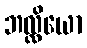
ဘလ္လိယော